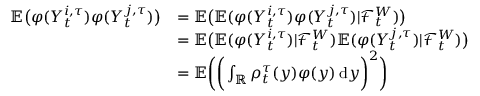
\begin{array} { r l } { \mathbb { E } \big ( \varphi ( Y _ { t } ^ { i , \tau } ) \varphi ( Y _ { t } ^ { j , \tau } ) \big ) } & { = \mathbb { E } \big ( \mathbb { E } ( \varphi ( Y _ { t } ^ { i , \tau } ) \varphi ( Y _ { t } ^ { j , \tau } ) | \mathcal { F } _ { t } ^ { W } ) \big ) } \\ & { = \mathbb { E } \big ( \mathbb { E } ( \varphi ( Y _ { t } ^ { i , \tau } ) | \mathcal { F } _ { t } ^ { W } ) \mathbb { E } ( \varphi ( Y _ { t } ^ { j , \tau } ) | \mathcal { F } _ { t } ^ { W } ) \big ) } \\ & { = \mathbb { E } \bigg ( \bigg ( \int _ { \mathbb { R } } \rho _ { t } ^ { \tau } ( y ) \varphi ( y ) \, \mathrm { d } y \bigg ) ^ { 2 } \bigg ) } \end{array}